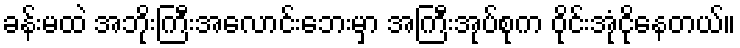
ခန်းမထဲ အဘိုးကြီးအလောင်းဘေးမှာ အကြီးအုပ်စုက ဝိုင်းအုံငိုနေတယ်။